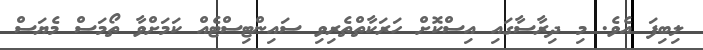
ލިބިފަ އެވެ. މި ދިރާސާގައި އިސްކޮށް ހަރަކާތްތެރިވި ސައިންޓިސްޓެއް ކަމަށްވާ ތޯމަސް މެޔަސް